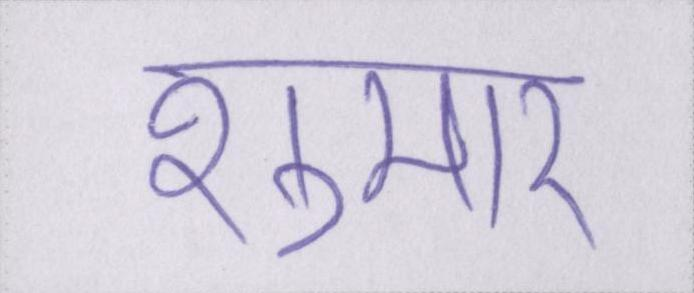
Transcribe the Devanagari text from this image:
शुमार